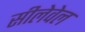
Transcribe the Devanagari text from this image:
सीलेवेल